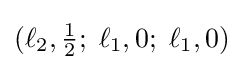
(\ell _{2},{\tfrac {1}{2}};\;\ell _{1},0;\;\ell _{1},0)